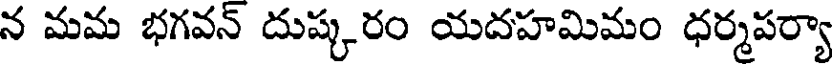
న మమ భగవన్ దుష్కరం యదహమిమం ధర్మపర్యా